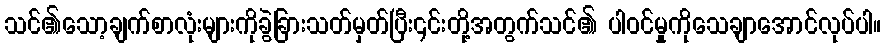
သင်၏သော့ချက်စာလုံးများကိုခွဲခြားသတ်မှတ်ပြီး၎င်းတို့အတွက်သင်၏ ပါဝင်မှုကိုသေချာအောင်လုပ်ပါ။